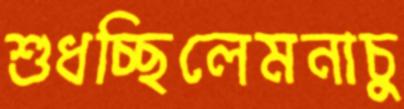
শুধচ্ছিলেমনাচু